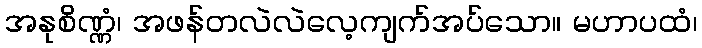
အနုစိဏ္ဏံ၊ အဖန်တလဲလဲလေ့ကျက်အပ်သော။ မဟာပထံ၊